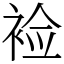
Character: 裣